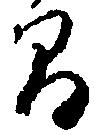
間